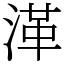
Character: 㴖